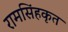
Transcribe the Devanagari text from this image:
रामसिंहकृत